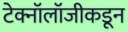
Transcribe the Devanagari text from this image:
टेक्नॉलॉजीकडून